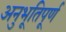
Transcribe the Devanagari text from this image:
अनुभूतिपूर्ण